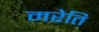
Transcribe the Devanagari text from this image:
मरेति